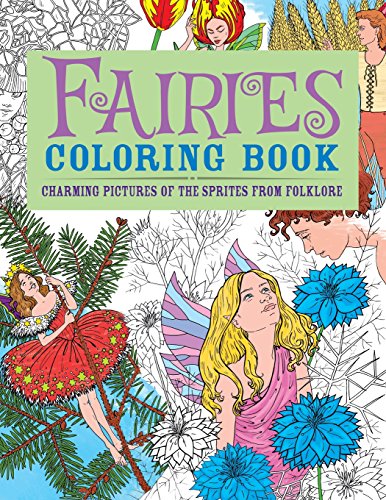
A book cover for Fairies Coloring Book: Charming Pictures of the Sprites from Folklore (Chartwell Coloring Books); Patience Coster; Arts & Photography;